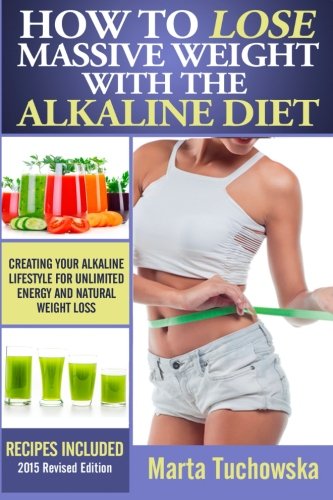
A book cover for How to Lose Massive Weight with the Alkaline Diet: Creating Your Alkaline Lifestyle for Unlimited Energy and Natural Weight Loss (The Alkaline Diet Lifestyle) (Volume 1); Marta Tuchowska; Health, Fitness & Dieting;